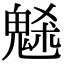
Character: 𩲺